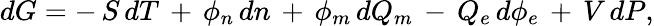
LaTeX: dG=-\, S\, dT\, +\, \phi_{n}\, dn\, +\, \phi_{m}\, dQ_{m}\, -\, Q_{e}\, d\phi_{e}\, +\, V\, dP,